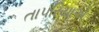
તાપરિયાએ